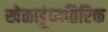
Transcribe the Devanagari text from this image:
खेळाडूंव्यतिरिक्त